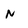
Character: M